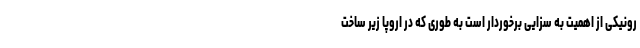
رونیکی از اهمیت به سزایی برخوردار است به طوری که در اروپا زیر ساخت